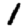
Digit: 1